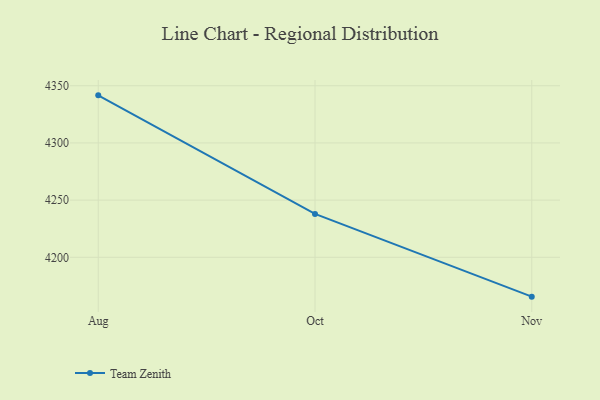
{"axis": {"x": "Month", "y": "Net Income (USD K)"}, "legend": ["Team Zenith"], "data": [{"x": "Aug", "y": 4341.6, "type": "Team Zenith"}, {"x": "Oct", "y": 4237.9, "type": "Team Zenith"}, {"x": "Nov", "y": 4165.6, "type": "Team Zenith"}]}